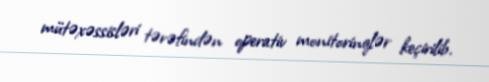
mütəxəssisləri tərəfindən operativ monitorinqlər keçirilib.